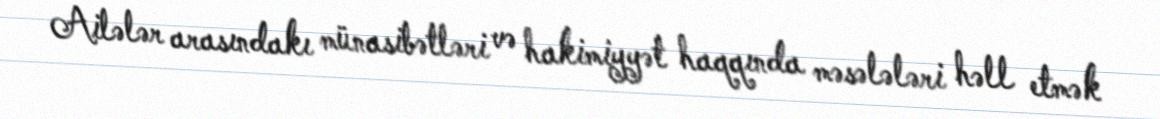
Ailələr arasındakı münasibətləri və hakimiyyət haqqında məsələləri həll etmək